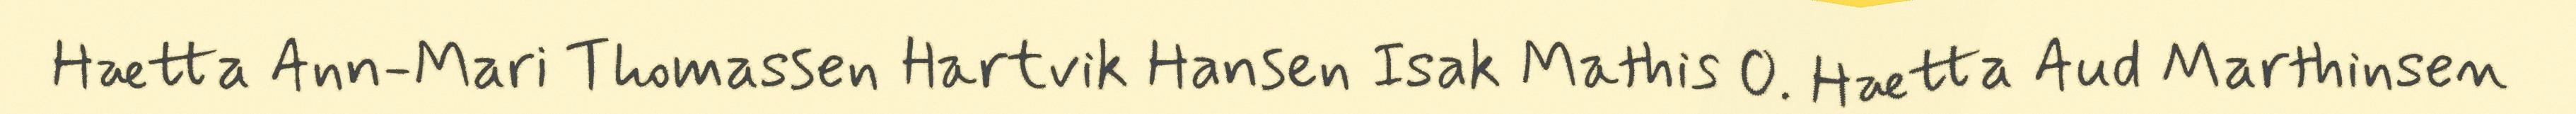
Hætta Ann-Mari Thomassen Hartvik Hansen Isak Mathis O. Hætta Aud Marthinsen